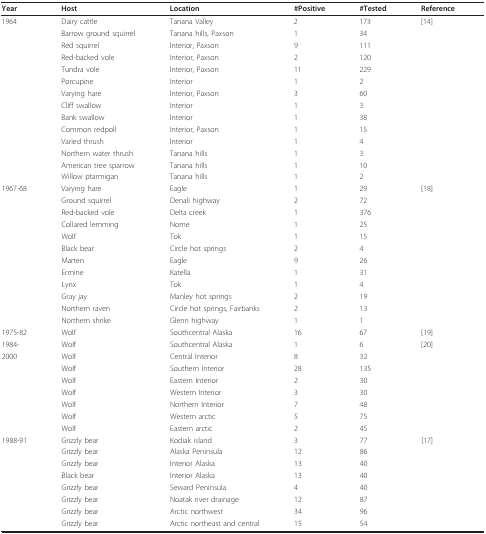
<table><thead><tr><td><b>Year</b></td><td><b>Host</b></td><td><b>Location</b></td><td><b>#Positive</b></td><td><b>#Tested</b></td><td><b>Reference</b></td></tr></thead><tbody><tr><td>1964</td><td>Dairy cattle</td><td>Tanana Valley</td><td>2</td><td>173</td><td>[14]</td></tr><tr><td></td><td>Barrow ground squirrel</td><td>Tanana hills, Paxson</td><td>1</td><td>34</td><td></td></tr><tr><td></td><td>Red squirrel</td><td>Interior, Paxson</td><td>9</td><td>111</td><td></td></tr><tr><td></td><td>Red-backed vole</td><td>Interior, Paxson</td><td>2</td><td>120</td><td></td></tr><tr><td></td><td>Tundra vole</td><td>Interior, Paxson</td><td>11</td><td>229</td><td></td></tr><tr><td></td><td>Porcupine</td><td>Interior</td><td>1</td><td>2</td><td></td></tr><tr><td></td><td>Varying hare</td><td>Interior, Paxson</td><td>3</td><td>60</td><td></td></tr><tr><td></td><td>Cliff swallow</td><td>Interior</td><td>1</td><td>3</td><td></td></tr><tr><td></td><td>Bank swallow</td><td>Interior</td><td>1</td><td>38</td><td></td></tr><tr><td></td><td>Common redpoll</td><td>Interior, Paxson</td><td>1</td><td>15</td><td></td></tr><tr><td></td><td>Varied thrush</td><td>Interior</td><td>1</td><td>4</td><td></td></tr><tr><td></td><td>Northern water thrush</td><td>Tanana hills</td><td>1</td><td>3</td><td></td></tr><tr><td></td><td>American tree sparrow</td><td>Tanana hills</td><td>1</td><td>10</td><td></td></tr><tr><td></td><td>Willow ptarmigan</td><td>Tanana hills</td><td>1</td><td>2</td><td></td></tr><tr><td>1967-68</td><td>Varying hare</td><td>Eagle</td><td>1</td><td>29</td><td>[18]</td></tr><tr><td></td><td>Ground squirrel</td><td>Denali highway</td><td>2</td><td>72</td><td></td></tr><tr><td></td><td>Red-backed vole</td><td>Delta creek</td><td>1</td><td>376</td><td></td></tr><tr><td></td><td>Collared lemming</td><td>Nome</td><td>1</td><td>25</td><td></td></tr><tr><td></td><td>Wolf</td><td>Tok</td><td>1</td><td>15</td><td></td></tr><tr><td></td><td>Black bear</td><td>Circle hot springs</td><td>2</td><td>4</td><td></td></tr><tr><td></td><td>Marten</td><td>Eagle</td><td>9</td><td>26</td><td></td></tr><tr><td></td><td>Ermine</td><td>Katella</td><td>1</td><td>31</td><td></td></tr><tr><td></td><td>Lynx</td><td>Tok</td><td>1</td><td>4</td><td></td></tr><tr><td></td><td>Gray jay</td><td>Manley hot springs</td><td>2</td><td>19</td><td></td></tr><tr><td></td><td>Northern raven</td><td>Circle hot springs, Fairbanks</td><td>2</td><td>13</td><td></td></tr><tr><td></td><td>Northern shrike</td><td>Glenn highway</td><td>1</td><td>1</td><td></td></tr><tr><td>1975-82</td><td>Wolf</td><td>Southcentral Alaska</td><td>16</td><td>67</td><td>[19]</td></tr><tr><td>1984-</td><td>Wolf</td><td>Southcentral Alaska</td><td>1</td><td>6</td><td>[20]</td></tr><tr><td>2000</td><td>Wolf</td><td>Central Interior</td><td>8</td><td>32</td><td></td></tr><tr><td></td><td>Wolf</td><td>Southern Interior</td><td>28</td><td>135</td><td></td></tr><tr><td></td><td>Wolf</td><td>Eastern Interior</td><td>2</td><td>30</td><td></td></tr><tr><td></td><td>Wolf</td><td>Western Interior</td><td>3</td><td>30</td><td></td></tr><tr><td></td><td>Wolf</td><td>Northern Interior</td><td>7</td><td>48</td><td></td></tr><tr><td></td><td>Wolf</td><td>Western arctic</td><td>5</td><td>75</td><td></td></tr><tr><td></td><td>Wolf</td><td>Eastern arctic</td><td>2</td><td>45</td><td></td></tr><tr><td>1988-91</td><td>Grizzly bear</td><td>Kodiak island</td><td>3</td><td>77</td><td>[17]</td></tr><tr><td></td><td>Grizzly bear</td><td>Alaska Peninsula</td><td>12</td><td>86</td><td></td></tr><tr><td></td><td>Grizzly bear</td><td>Interior Alaska</td><td>13</td><td>40</td><td></td></tr><tr><td></td><td>Black bear</td><td>Interior Alaska</td><td>13</td><td>40</td><td></td></tr><tr><td></td><td>Grizzly bear</td><td>Seward Peninsula</td><td>4</td><td>40</td><td></td></tr><tr><td></td><td>Grizzly bear</td><td>Noatak river drainage</td><td>12</td><td>87</td><td></td></tr><tr><td></td><td>Grizzly bear</td><td>Arctic northwest</td><td>34</td><td>96</td><td></td></tr><tr><td></td><td>Grizzly bear</td><td>Arctic northeast and central</td><td>15</td><td>54</td><td></td></tr></tbody></table>